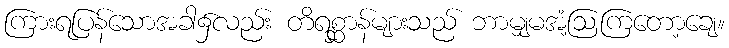
ကြားရပြန်သောအခါ၌လည်း တိရစ္ဆာန်များသည် ဘာမျှမအံ့ဩကြတော့ချေ။